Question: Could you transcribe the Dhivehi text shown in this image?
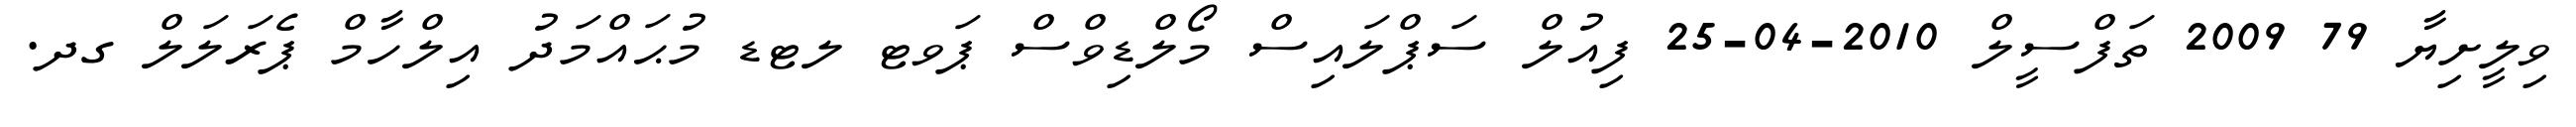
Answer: ވިލީށިޔާ 79 2009 ތަފްސީލް 2010-04-25 ފިއުލް ސަޕްލައިސް މޯލްޑިވްސް ޕަވޓ ލޓޑ މުޙައްމަދު އިލްހާމް ޕެރަލަލް ގދ.